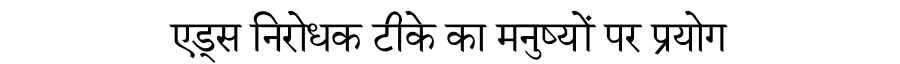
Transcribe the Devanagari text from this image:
एड्स निरोधक टीके का मनुष्यों पर प्रयोग